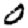
Digit: 0